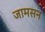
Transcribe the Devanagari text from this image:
जामसन